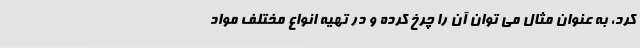
کرد، به عنوان مثال می توان آن را چرخ کرده و در تهیه انواع مختلف مواد